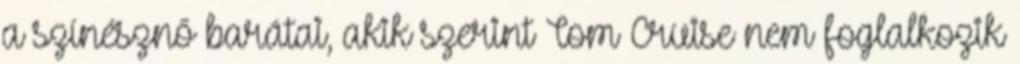
a színésznő barátai, akik szerint Tom Cruise nem foglalkozik